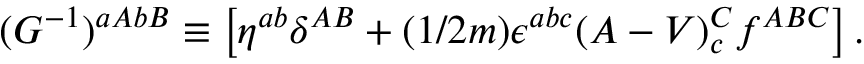
( G ^ { - 1 } ) ^ { a A b B } \equiv \left[ \eta ^ { a b } \delta ^ { A B } + ( 1 / 2 m ) \epsilon ^ { a b c } ( A - V ) _ { c } ^ { C } f ^ { A B C } \right] .